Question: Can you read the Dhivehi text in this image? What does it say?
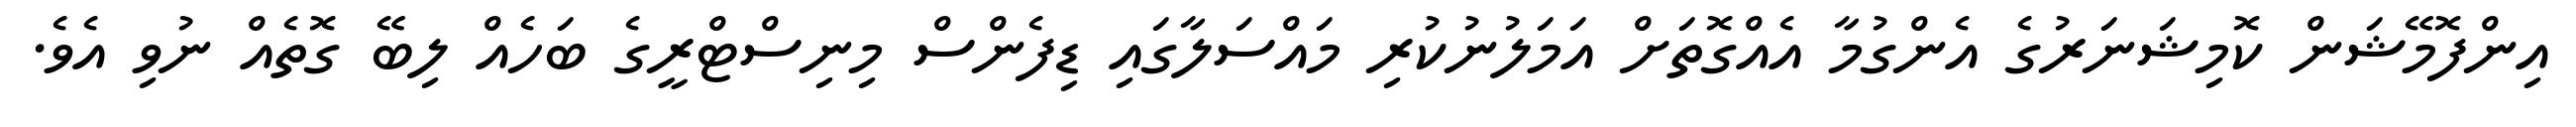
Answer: އިންފޮމޭޝަން ކޮމިޝަނަރުގެ އެންގުމާ އެއްގޮތަށް އަމަލުނުކުރި މައްސަލާގައި ޑިފެންސް މިނިސްޓްރީގެ ބަހެއް ލިބޭ ގޮތެއް ނުވި އެވެ.